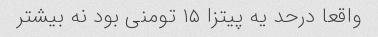
واقعا درحد یه پیتزا ۱۵ تومنی بود نه بیشتر